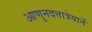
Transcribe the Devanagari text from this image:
आणुनदत्तात्रेयानें